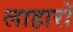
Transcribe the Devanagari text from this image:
लाहारों